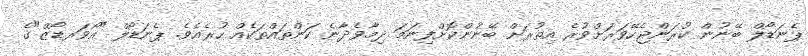
ޕެނަޑޯލް ބޭނުން ކުރަންޖެހޭވަރަށްވުރެ އިތުރަށް ބޭނުންކޮށްފިނަމަ ދިމާވެދާނެ ކަންތައްތަކެއް ހުރެއެވެ. ޕެނަޑޯލް "އޯވަރޑޯޒް"ގެ